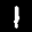
Label: 1